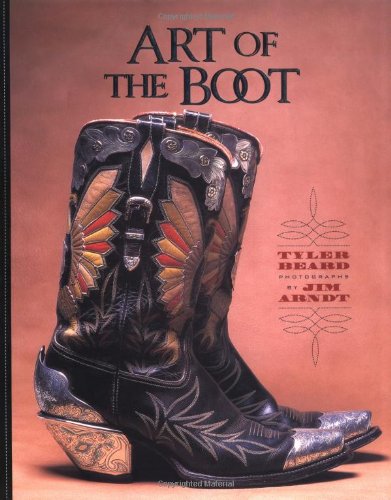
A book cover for Art of The Boot; Tyler Beard; Crafts, Hobbies & Home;